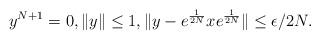
LaTeX: \begin{align*}y^{N+1}=0, \|y\|\le 1, \|y-e^{\frac{1}{2N}}xe^{\frac{1}{2N}}\|\le \epsilon/2N.\end{align*}